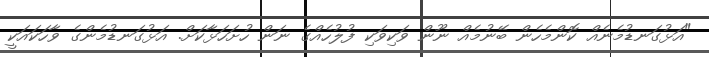
"އަޅުގަނޑުމެނެއް ކޮންމެހެން ބޭނުމެއް ނޫން ވަކިވަކި ފުލުހެއްގެ ނަން ހުށަހަޅާކަށް. އަޅުގަނޑުމެންގެ ވާހަކައަކީ